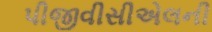
પીજીવીસીએલની